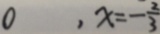
0 , x = - \frac { 2 } { 3 }